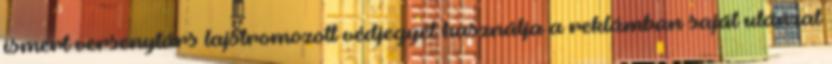
ismert versenytárs lajstromozott védjegyét használja a reklámban saját utánzat